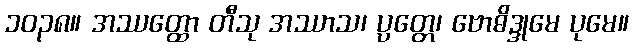
၁၀၃၈။ အဿတ္ထော တီသု အဿာသ၊ ပ္ပတ္တေ၊ ဗောဓိဒ္ဒုမေ ပုမေ။